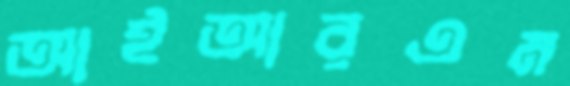
আইআরএম